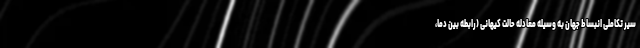
سیر تکاملی انبساط جهان به وسیله معادله حالت کیهانی (رابطه بین دما،